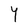
Character: Y